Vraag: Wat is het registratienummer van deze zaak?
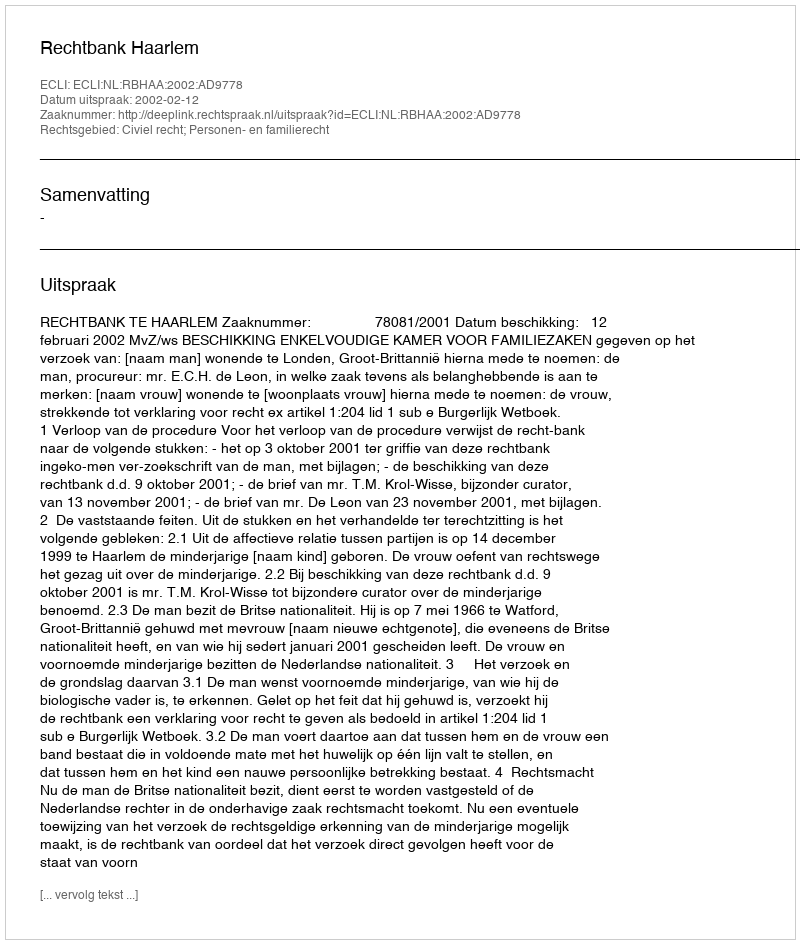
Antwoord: http://deeplink.rechtspraak.nl/uitspraak?id=ECLI:NL:RBHAA:2002:AD9778